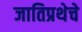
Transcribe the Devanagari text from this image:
जातिप्रथेचे